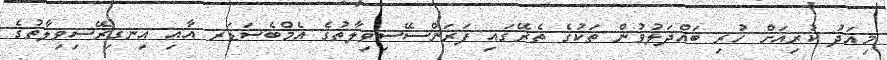
މިއަދު ކުރިއަށް ހުރި ބައްދަލުވުން ތަކުގެ ތެރޭގައި ފަރަންސޭސިވިލާތުގެ އެމްބެސަޑަރ އާއި އިނގިރޭސިވިލާތުގެ